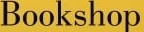
Bookshop